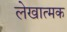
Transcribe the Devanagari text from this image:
लेखात्मक